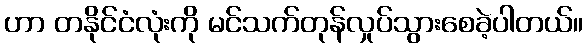
ဟာ တနိုင်ငံလုံးကို မင်သက်တုန်လှုပ်သွားစေခဲ့ပါတယ်။